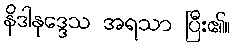
နိဒါနုဒ္ဒေသ အရသာ ပြီး၏။